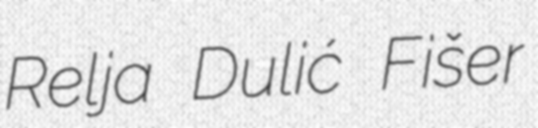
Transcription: Relja Dulić Fišer